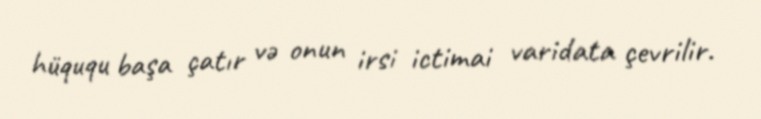
hüququ başa çatır və onun irsi ictimai varidata çevrilir.